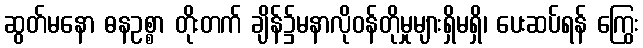
ဆွတ်မနော ဓနဥစ္စာ တိုးတက် ချိန်၌မနာလိုဝန်တိုမှုများရှိမရှိ၊ ပေးဆပ်ရန် ကြွေး